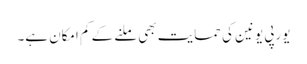
یورپی یونین کی حمایت بھی ملنے کے کم امکان ہے۔